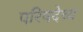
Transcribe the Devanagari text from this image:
परिषदेच्य